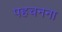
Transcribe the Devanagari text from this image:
पहचनना